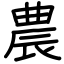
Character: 農